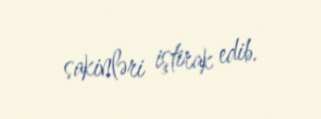
sakinləri iştirak edib.